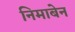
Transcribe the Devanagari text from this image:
निमाबेन